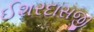
ઈશરદાસજી